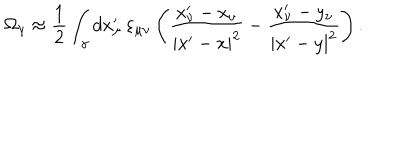
\Omega _ { \gamma } \approx \frac { 1 } { 2 } \int _ { \gamma } d x _ { \mu } ^ { \prime } \, \varepsilon _ { \mu \nu } \left( \frac { x _ { \nu } ^ { \prime } - x _ { \nu } } { | x ^ { \prime } - x | ^ { 2 } } - \frac { x _ { \nu } ^ { \prime } - y _ { \nu } } { | x ^ { \prime } - y | ^ { 2 } } \right) .